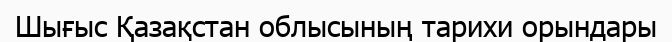
Шығыс Қазақстан облысының тарихи орындары